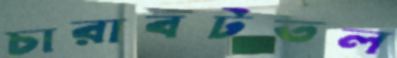
চারাবটতল